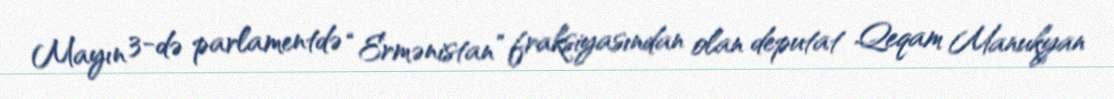
Mayın 3-də parlamentdə “Ermənistan” fraksiyasından olan deputat Qeqam Manukyan